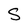
Character: S